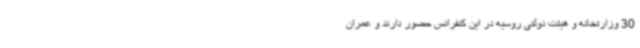
30 وزارتخانه و هیئت دولتی روسیه در این کنفرانس حضور دارند و عمران